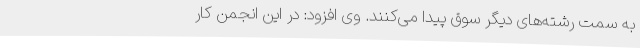
به سمت رشته‌های دیگر سوق پیدا می‌کنند. وی افزود: در این انجمن کار